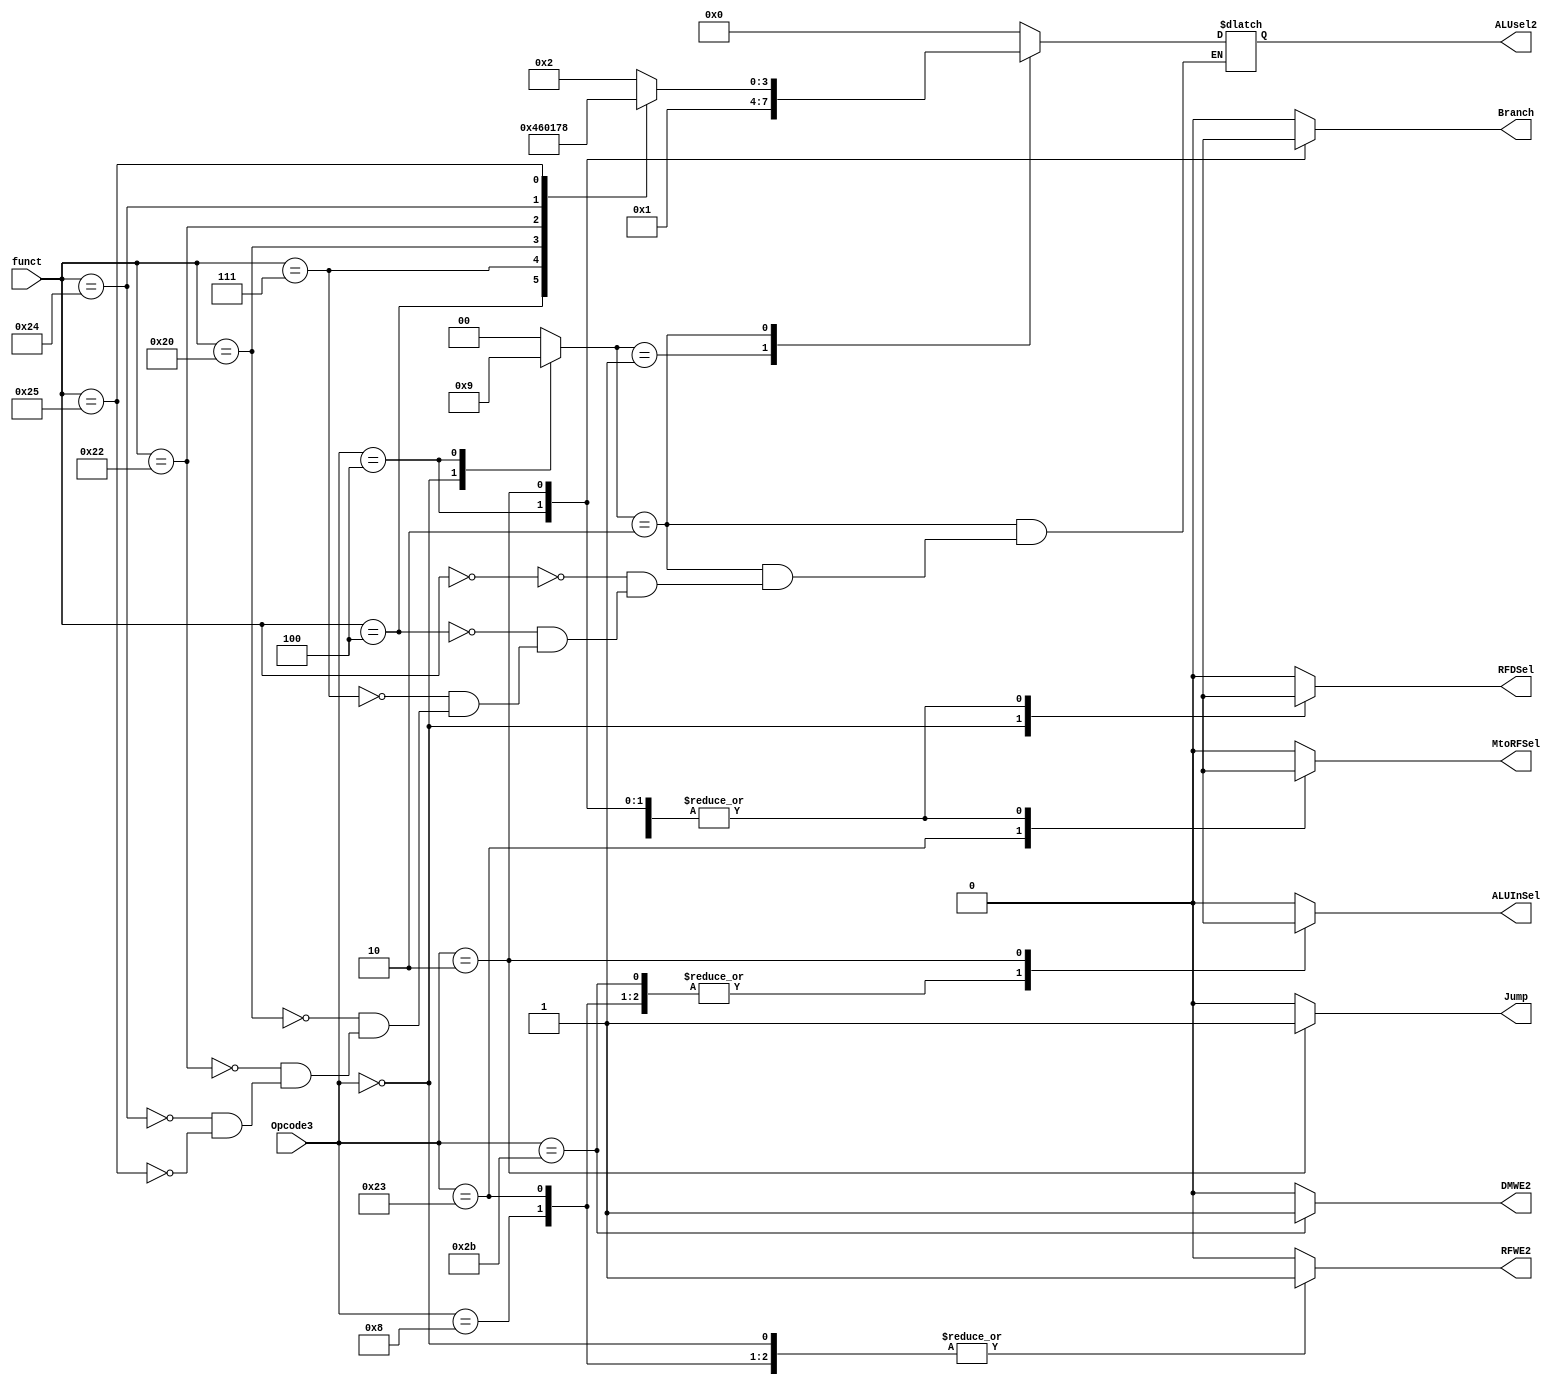
`timescale 1ns / 1ps

module ControlUnit(Opcode3, funct, MtoRFSel, DMWE2, Branch, ALUInSel, RFDSel, RFWE2, Jump, ALUsel2);

input [5:0] Opcode3, funct;
output reg MtoRFSel, DMWE2, Branch, ALUInSel, RFDSel, RFWE2, Jump; 
output reg [3:0] ALUsel2;
reg [1:0] ALUOp;

always @* begin
    case(Opcode3) 
        0: begin
            RFWE2 = 1; RFDSel = 1; ALUInSel = 0; Branch = 0; DMWE2 = 0; MtoRFSel = 0; ALUOp = 2; Jump = 0;
        end
        35: begin
            RFWE2 = 1; RFDSel = 0; ALUInSel = 1; Branch = 0; DMWE2 = 0; MtoRFSel = 1; ALUOp = 0; Jump = 0;
        end
        43: begin
            RFWE2 = 0; RFDSel = 1'bx; ALUInSel = 1; Branch = 0; DMWE2 = 1; MtoRFSel = 1'bx; ALUOp = 0; Jump = 0;
        end
        4: begin
            RFWE2 = 0; RFDSel = 1'bx; ALUInSel = 0; Branch = 1; DMWE2 = 0; MtoRFSel = 1'bx; ALUOp = 1; Jump = 0;
        end
        8: begin
            RFWE2 = 1; RFDSel = 0; ALUInSel = 1; Branch = 0; DMWE2 = 0; MtoRFSel = 0; ALUOp = 0; Jump = 0;
        end
        2: begin
            RFWE2 = 0; RFDSel = 1'bx; ALUInSel = 1'bx; Branch = 1'bx; DMWE2 = 0; MtoRFSel = 1'bx; ALUOp = 2'bxx; Jump = 1;
        end
        default: begin
            RFWE2 = 0; RFDSel = 0; ALUInSel = 0; Branch = 0; DMWE2 = 0; MtoRFSel = 0; ALUOp = 0; Jump = 0;
        end
    endcase
    
    case(ALUOp)
        0: ALUsel2 = 0;
        1: ALUsel2 = 1;
        2: begin
            case(funct)
                6'b000000: ALUsel2 = 2;
                6'b000100: ALUsel2 = 4;
                6'b000111: ALUsel2 = 6;
                6'b100000: ALUsel2 = 0;
                6'b100010: ALUsel2 = 1;
                6'b100100: ALUsel2 = 7;
                6'b100101: ALUsel2 = 8;
            endcase
        end
        default: ALUsel2 = 4'bxxxx;
    endcase
end

endmodule